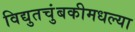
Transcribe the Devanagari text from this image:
विद्युतचुंबकीमधल्या